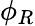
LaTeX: \phi_{R}